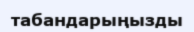
табандарыңызды